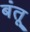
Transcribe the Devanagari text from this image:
बंतू